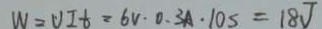
W = U I t = 6 V \cdot 0 . 3 A \cdot 1 0 s = 1 8 J